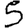
Digit: 5